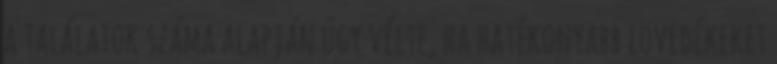
a találatok száma alapján úgy vélte, ha hatékonyabb lövedékeket